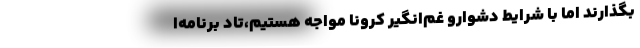
بگذارند اما با شرایط دشوارو غم‌انگیر کرونا مواجه هستیم،تاد برنامه‌ا